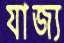
যাজ্য